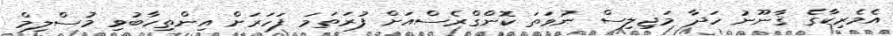
އެމެރިކާގެ ޤާނޫނު ހަދާ މަޖިލިސް ނުވަތަ ކޮންގްރެސްއަށް ފުރަތަމަ ފަހަރަށް އިންތިހާބުވި މުސްލިމް